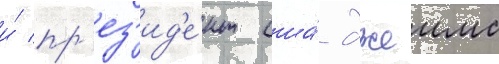
и́ пр'ез'ид'е́нт сша́ джеимс